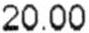
20.00